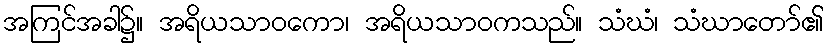
အကြင်အခါ၌။ အရိယသာဝကော၊ အရိယသာဝကသည်။ သံဃံ၊ သံဃာတော်၏